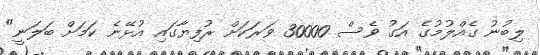
ލިބުނު ގެއްލުމުގެ އަގު ވެސް 30000 ވަރަކަށް ރުފިޔާގައި އުޅޭނެ ކަމަށް ބަލަނީ"